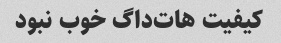
کیفیت هات‌داگ خوب نبود